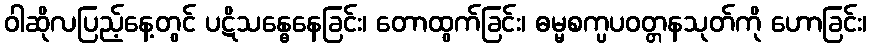
ဝါဆိုလပြည့်နေ့တွင် ပဋိသန္ဓေနေခြင်း၊ တောထွက်ခြင်း၊ ဓမ္မစက္ပပဝတ္တနသုတ်ကို ဟောခြင်း၊